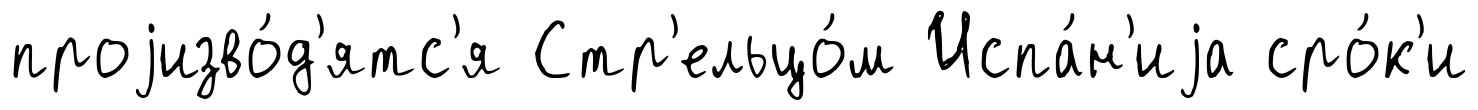
проjизво́д'ятс'я Стр'ельцо́м Испа́н'иjа сро́к'и